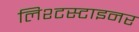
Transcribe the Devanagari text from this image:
लिश्टस्टाइनर